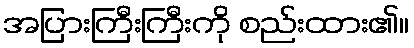
အပြားကြီးကြီးကို စည်းထား၏။